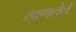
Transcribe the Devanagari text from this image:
खणलेले